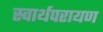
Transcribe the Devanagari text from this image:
स्वार्थपरायण